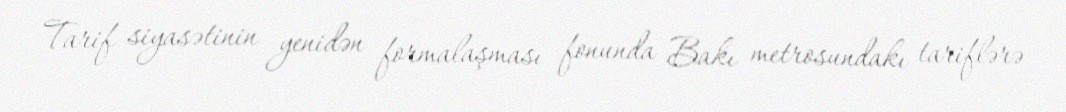
Tarif siyasətinin yenidən formalaşması fonunda Bakı metrosundakı tariflərə